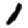
Digit: 1